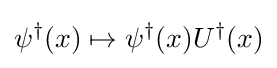
\psi ^{\dagger }(x)\mapsto \psi ^{\dagger }(x)U^{\dagger }(x)